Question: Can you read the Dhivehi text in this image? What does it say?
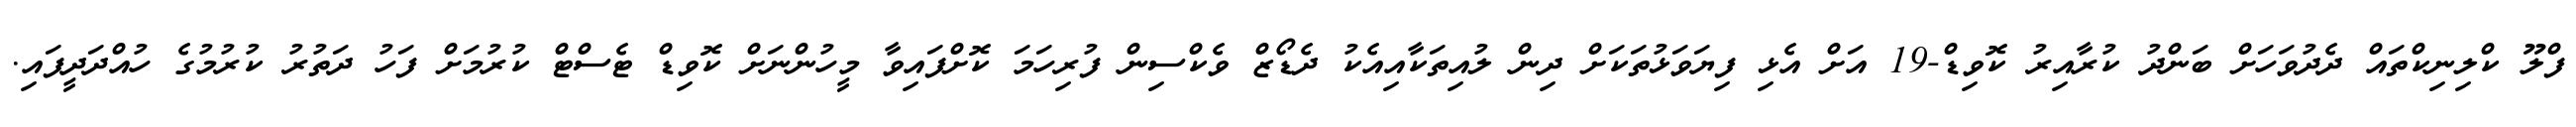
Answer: ފްލޫ ކްލިނިކްތައް ދެދުވަހަށް ބަންދު ކުރާއިރު ކޮވިޑް-19 އަށް އެޅި ފިޔަވަޅުތަކަށް ދިން ލުއިތަކާއިއެކު ދެޑޯޒް ވެކްސިން ފުރިހަމަ ކޮށްފައިވާ މީހުންނަށް ކޮވިޑް ޓެސްޓް ކުރުމަށް ފަހު ދަތުރު ކުރުމުގެ ހުއްދަދީފައި.